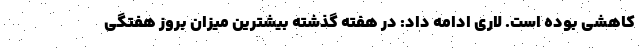
کاهشی بوده است. لاری ادامه داد: در هفته گذشته بیشترین میزان بروز هفتگی